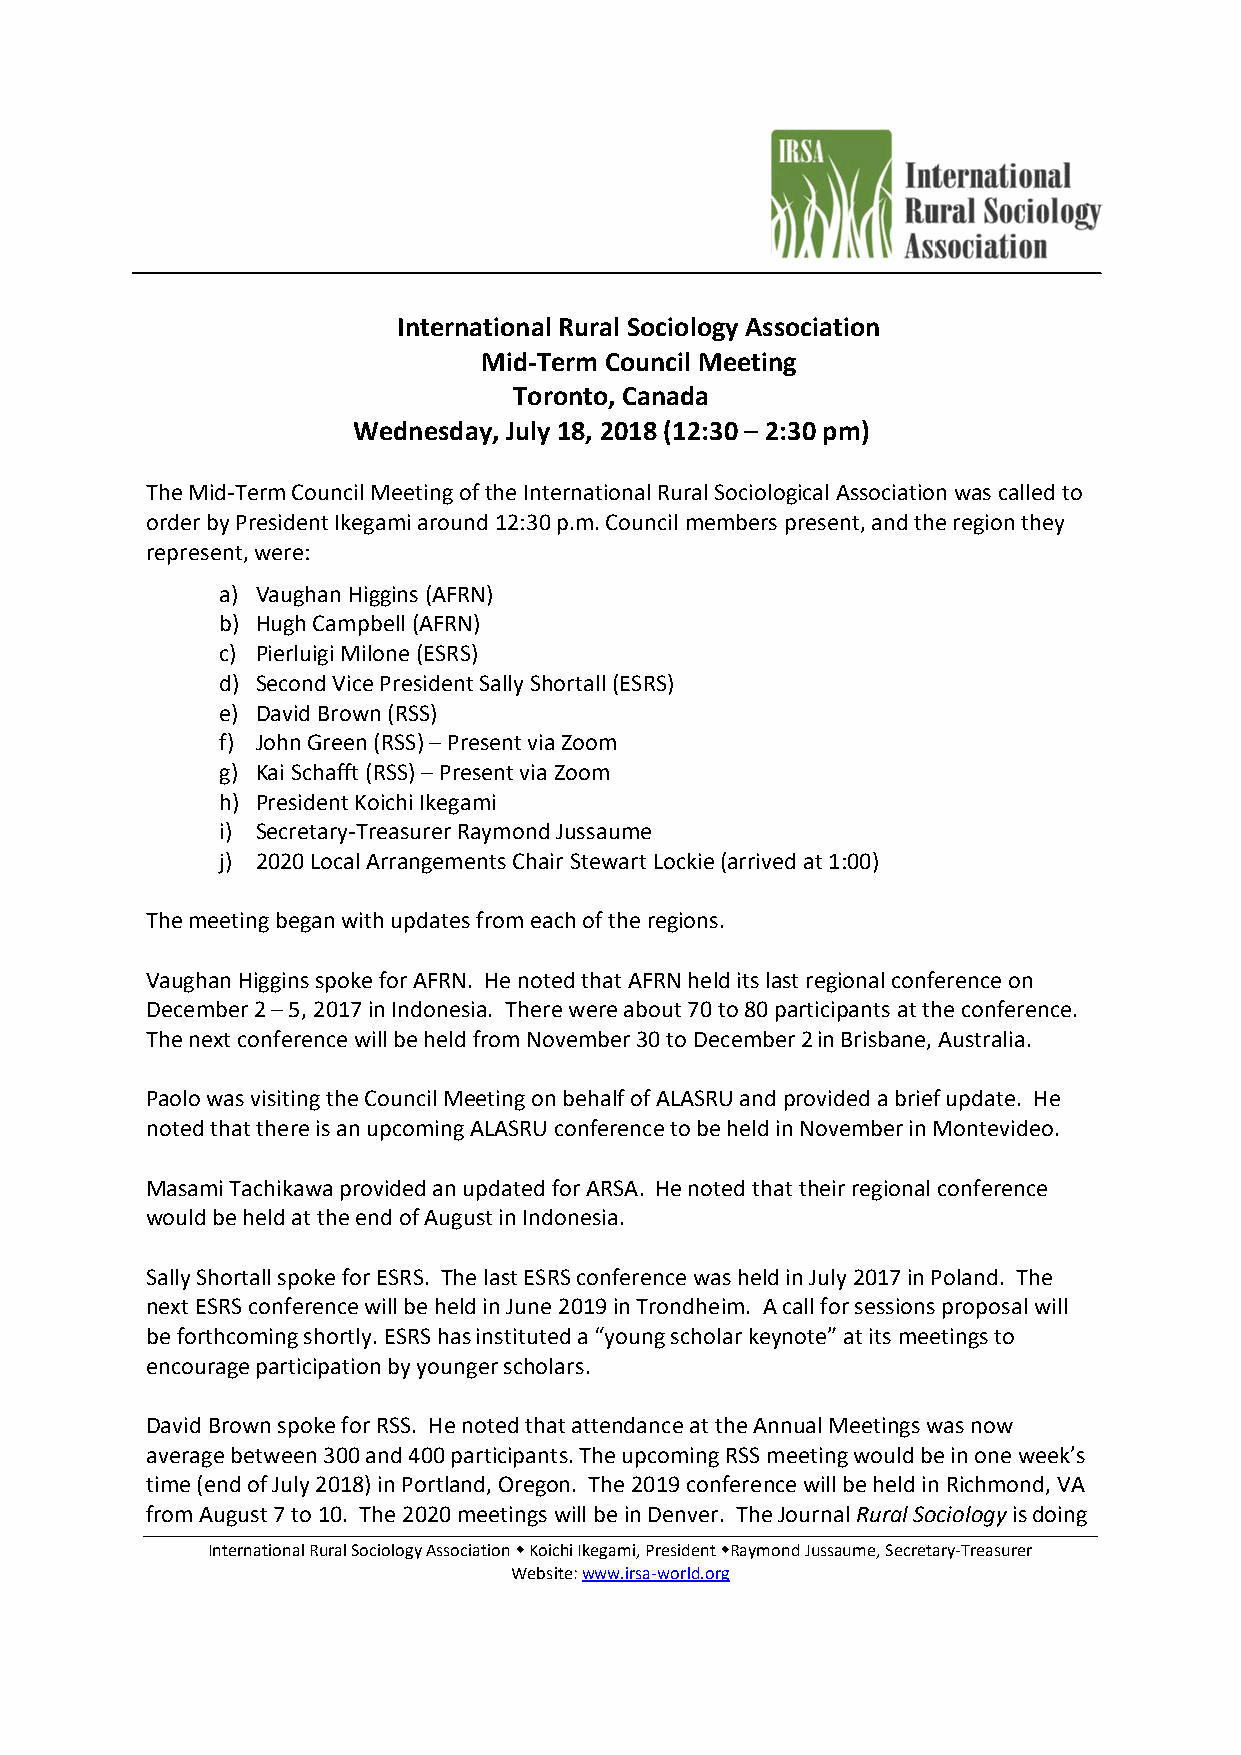
International Rural Sociology Association
 Mid‐Term Council Meeting
 Toronto, Canada
 Wednesday, July 18, 2018 (12:30 – 2:30 pm)
 The Mid‐Term Council Meeting of the International Rural Sociological Association was called to
 order by President Ikegami around 12:30 p.m. Council members present, and the region they
 represent, were:
 a) Vaughan Higgins (AFRN)
 b) Hugh Campbell (AFRN)
 c) Pierluigi Milone (ESRS)
 d) Second Vice President Sally Shortall (ESRS)
 e) David Brown (RSS)
 f) John Green (RSS) – Present via Zoom
 g) Kai Schafft (RSS) – Present via Zoom
 h) President Koichi Ikegami
 i) Secretary‐Treasurer Raymond Jussaume
 j) 2020 Local Arrangements Chair Stewart Lockie (arrived at 1:00)
 The meeting began with updates from each of the regions.
 Vaughan Higgins spoke for AFRN. He noted that AFRN held its last regional conference on
 December 2 – 5, 2017 in Indonesia. There were about 70 to 80 participants at the conference.
 The next conference will be held from November 30 to December 2 in Brisbane, Australia.
 Paolo was visiting the Council Meeting on behalf of ALASRU and provided a brief update. He
 noted that there is an upcoming ALASRU conference to be held in November in Montevideo.
 Masami Tachikawa provided an updated for ARSA. He noted that their regional conference
 would be held at the end of August in Indonesia.
 Sally Shortall spoke for ESRS. The last ESRS conference was held in July 2017 in Poland. The
 next ESRS conference will be held in June 2019 in Trondheim. A call for sessions proposal will
 be forthcoming shortly. ESRS has instituted a “young scholar keynote” at its meetings to
 encourage participation by younger scholars.
 David Brown spoke for RSS. He noted that attendance at the Annual Meetings was now
 average between 300 and 400 participants. The upcoming RSS meeting would be in one week’s
 time (end of July 2018) in Portland, Oregon. The 2019 conference will be held in Richmond, VA
 from August 7 to 10. The 2020 meetings will be in Denver. The Journal Rural Sociology is doing
 International Rural Sociology Association  Koichi Ikegami, President Raymond Jussaume, Secretary‐Treasurer
 Website: www.irsa‐world.org